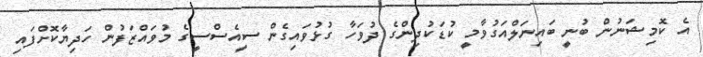
އެ ކޮމިޝަނުން ބުނީ ބައިނަލްއަގުވާމީ ކުޑަކުދިންގެ ދުވަހާ ގުޅުވައިގެން ސީއެސްސީގެ މުވައްޒަފުން ހަދިޔާކޮށްފައި